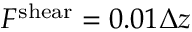
F ^ { \mathrm { s h e a r } } = 0 . 0 1 \Delta z